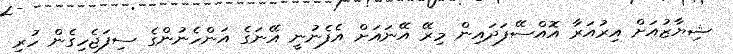
ޝިޔާޒުއަށް އިރުއަރާ އޮއްސޭފަދައިން މިރޭ އޭނައަށް އެފެނުނީ އޭނަގެ އަންހެނުންގެ ސިފަޖެހިގެން ހުރި